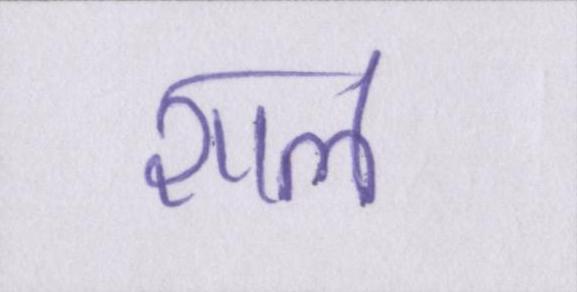
शाल